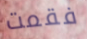
فقمت